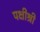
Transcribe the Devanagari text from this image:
पक्षीश्री